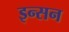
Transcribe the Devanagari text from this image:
इन्सन